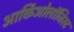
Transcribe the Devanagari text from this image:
आर्किओलॉजिस्ट